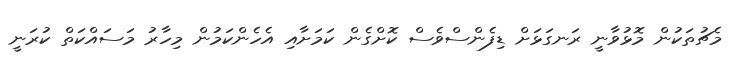
މެޗުތަކުން މޮޅުވާނީ ރަނގަޅަށް ޑިފެންސްވެސް ކޮށްގެން ކަމަށާއި އެހެންކަމުން މިހާރު މަސައްކަތް ކުރަނީ